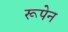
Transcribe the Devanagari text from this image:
रूपेन